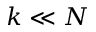
k \ll N